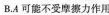
B.A可能不受摩擦力作用